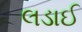
લડાઈ